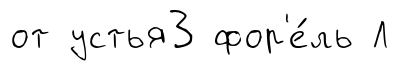
от устья3 фор'е́ль Л